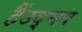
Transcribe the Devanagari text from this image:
हैंउद्भव